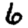
Digit: 6